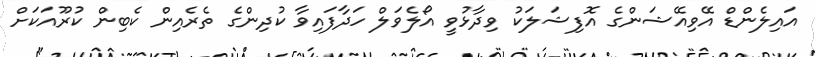
އައިލެންޑް އޭވިއޭޝަންގެ އޮފިޝަލަކު ވިދާޅުވީ އޯލެވަލް ހަދާފައިވާ ކުދިންގެ ތެރެއިން ކެބިން ކުރޫއަކަށް